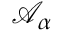
\mathcal { A } _ { \alpha }